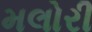
મલોરી